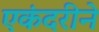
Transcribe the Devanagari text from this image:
एकंदरीने